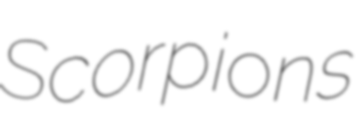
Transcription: Scorpions